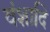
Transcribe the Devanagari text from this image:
वंशादि